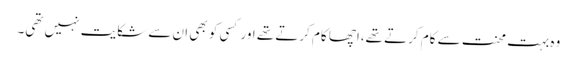
وہ بہت محنت سے کام کرتے تھے،اچھا کام کرتے تھے اور کسی کو بھی ان سے شکایت نہیں تھی۔